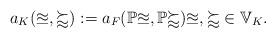
LaTeX: \begin{align*}a_K({\mathbb u},{\mathbb v}):=a_F({\mathbb{Pu}},{\mathbb{Pv}})\mathbb u,\mathbb v\in \mathbb V_K.\end{align*}